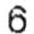
6